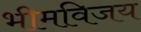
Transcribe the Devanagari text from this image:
भीमविजय